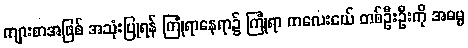
ကျားစာအဖြစ် အသုံးပြုရန် ကြုံရာနေရာ၌ ကြုံရာ ကလေးငယ် တစ်ဦးဦးကို အဓမ္မ